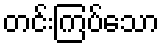
တင်းကြပ်သော